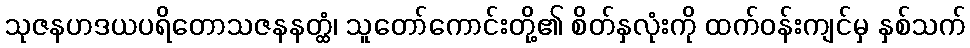
သုဇနဟဒယပရိတောသဇနနတ္ထံ၊ သူတော်ကောင်းတို့၏ စိတ်နှလုံးကို ထက်ဝန်းကျင်မှ နှစ်သက်